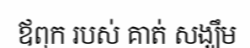
ឪពុក របស់ គាត់ សង្ឃឹម